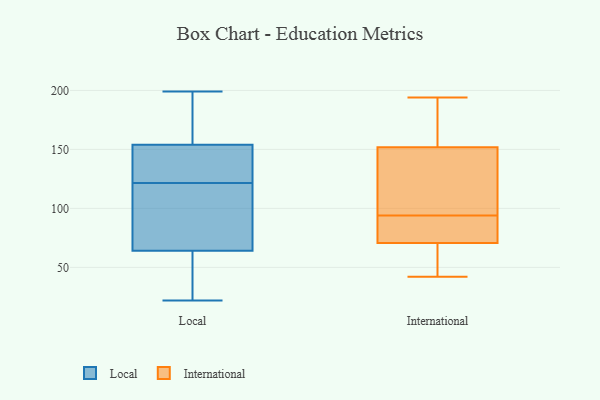
{"axis": {"x": "Energy Usage (MWh)", "y": "Value"}, "legend": ["International", "Local"], "data": [{"x": "", "y": 131, "type": "Local"}, {"x": "", "y": 62, "type": "Local"}, {"x": "", "y": 70, "type": "Local"}, {"x": "", "y": 55, "type": "Local"}, {"x": "", "y": 64, "type": "Local"}, {"x": "", "y": 22, "type": "Local"}, {"x": "", "y": 154, "type": "Local"}, {"x": "", "y": 149, "type": "Local"}, {"x": "", "y": 27, "type": "Local"}, {"x": "", "y": 135, "type": "Local"}, {"x": "", "y": 199, "type": "Local"}, {"x": "", "y": 154, "type": "Local"}, {"x": "", "y": 179, "type": "Local"}, {"x": "", "y": 66, "type": "Local"}, {"x": "", "y": 131, "type": "Local"}, {"x": "", "y": 180, "type": "Local"}, {"x": "", "y": 103, "type": "Local"}, {"x": "", "y": 112, "type": "Local"}, {"x": "", "y": 87, "type": "International"}, {"x": "", "y": 134, "type": "International"}, {"x": "", "y": 75, "type": "International"}, {"x": "", "y": 194, "type": "International"}, {"x": "", "y": 94, "type": "International"}, {"x": "", "y": 84, "type": "International"}, {"x": "", "y": 42, "type": "International"}, {"x": "", "y": 126, "type": "International"}, {"x": "", "y": 126, "type": "International"}, {"x": "", "y": 157, "type": "International"}, {"x": "", "y": 44, "type": "International"}, {"x": "", "y": 181, "type": "International"}, {"x": "", "y": 150, "type": "International"}, {"x": "", "y": 58, "type": "International"}, {"x": "", "y": 158, "type": "International"}, {"x": "", "y": 83, "type": "International"}, {"x": "", "y": 55, "type": "International"}]}